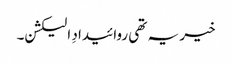
خیر یہ تھی روائیدادِ الیکشن۔